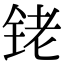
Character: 铑